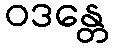
ဝဒန္တေ